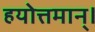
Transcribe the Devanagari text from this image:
हयोत्तमान्।